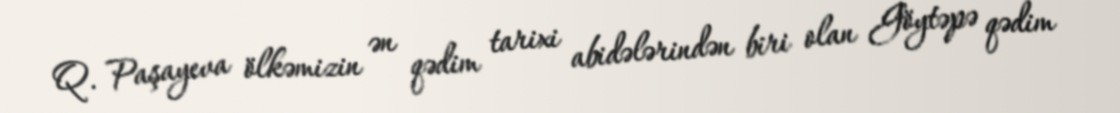
Q. Paşayeva ölkəmizin ən qədim tarixi abidələrindən biri olan Göytəpə qədim